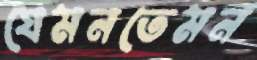
যেমনতেমন